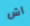
اش